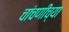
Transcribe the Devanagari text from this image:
चांचणीच्या